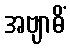
အဗျာဓိံ